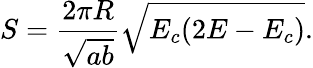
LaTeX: S=\frac{2\pi R}{\sqrt{ab}}\sqrt{E_{c}(2E-E_{c})}.